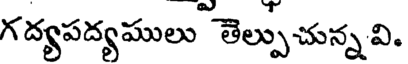
గద్యపద్యములు తెల్పుచున్న వి.